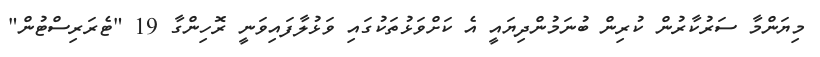
މިޔަންމާ ސަރުކާރުން ކުރިން ބުނަމުންދިޔައީ އެ ކަށްވަޅުތަކުގައި ވަޅުލާފައިވަނީ ރޮހިންގާ 19 "ޓެރަރިސްޓުން"